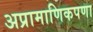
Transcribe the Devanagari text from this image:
अप्रामाणिकपणा